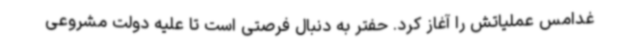
غدامس عملیاتش را آغاز کرد. حفتر به دنبال فرصتی است تا علیه دولت مشروعی